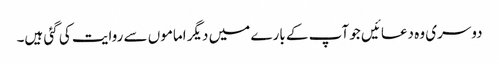
دوسری وہ دعائیں جو آپ کے بارے میں دیگر اماموں سے روایت کی گئی ہیں۔